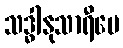
သဒ္ဓါနုသာရီပေ